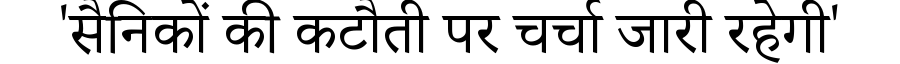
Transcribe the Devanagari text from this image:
'सैनिकों की कटौती पर चर्चा जारी रहेगी'